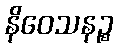
နိဝေသနဉ္စ